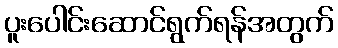
ပူးပေါင်းဆောင်ရွက်ရန်အတွက်